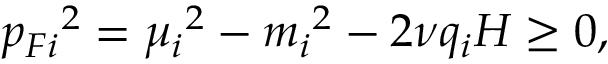
{ p _ { F i } } ^ { 2 } = { \mu _ { i } } ^ { 2 } - { m _ { i } } ^ { 2 } - 2 \nu q _ { i } H \ge 0 ,